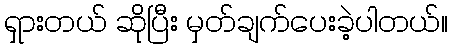
ရှားတယ် ဆိုပြီး မှတ်ချက်ပေးခဲ့ပါတယ်။